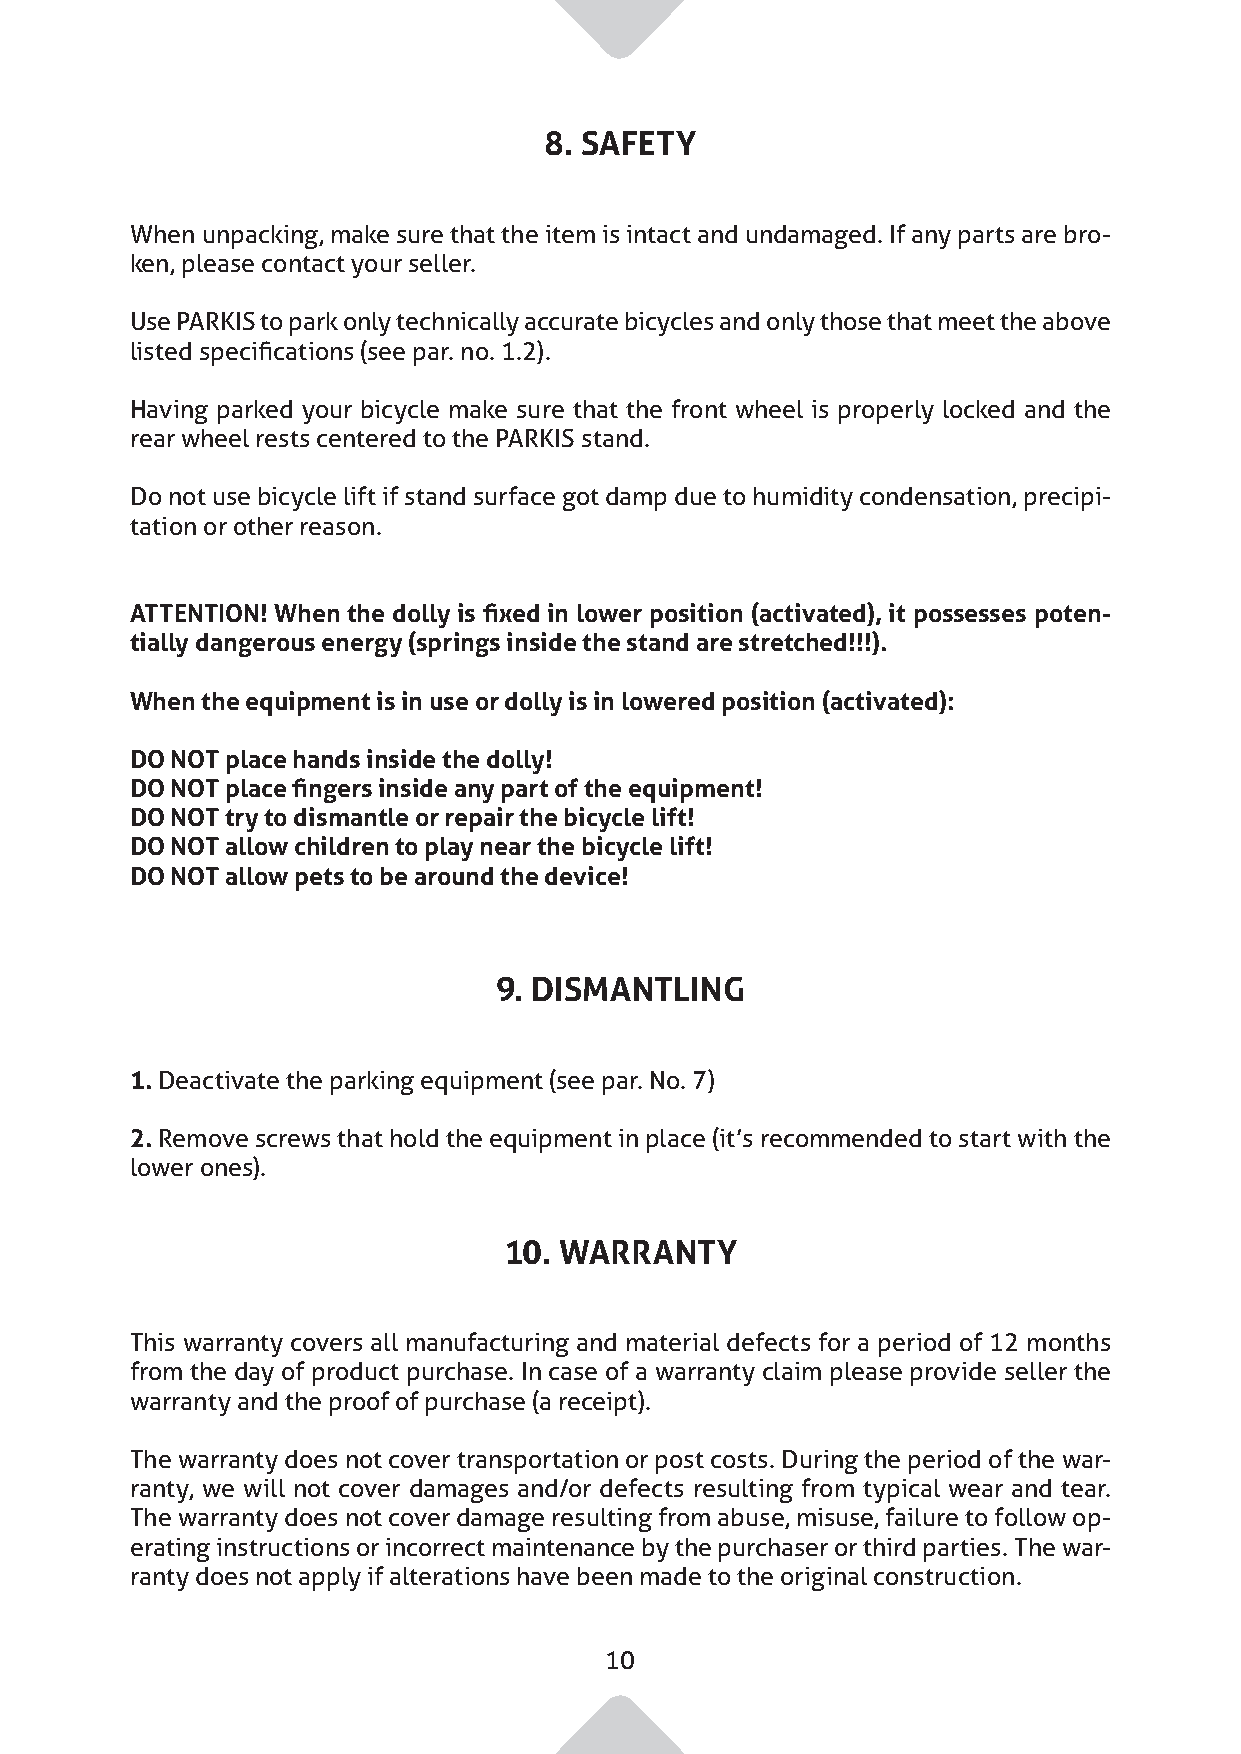
8. SAFETY
 When unpacking, make sure that the item is intact and undamaged. If any parts are bro-
 ken, please contact your seller.
 Use PARKIS to park only technically accurate bicycles and only those that meet the above
 listed specifications (see par. no. 1.2).
 Having parked your bicycle make sure that the front wheel is properly locked and the
 rear wheel rests centered to the PARKIS stand.
 Do not use bicycle lift if stand surface got damp due to humidity condensation, precipi-
 tation or other reason.
 ATTENTION! When the dolly is fixed in lower position (activated), it possesses poten-
 tially dangerous energy (springs inside the stand are stretched!!!).
 When the equipment is in use or dolly is in lowered position (activated):
 DO NOT place hands inside the dolly!
 DO NOT place fingers inside any part of the equipment!
 DO NOT try to dismantle or repair the bicycle lift!
 DO NOT allow children to play near the bicycle lift!
 DO NOT allow pets to be around the device!
 9. DISMANTLING
 1. Deactivate the parking equipment (see par. No. 7)
 2. Remove screws that hold the equipment in place (it’s recommended to start with the
 lower ones).
 10. WARRANTY
 This warranty covers all manufacturing and material defects for a period of 12 months
 from the day of product purchase. In case of a warranty claim please provide seller the
 warranty and the proof of purchase (a receipt).
 The warranty does not cover transportation or post costs. During the period of the war-
 ranty, we will not cover damages and/or defects resulting from typical wear and tear.
 The warranty does not cover damage resulting from abuse, misuse, failure to follow op-
 erating instructions or incorrect maintenance by the purchaser or third parties. The war-
 ranty does not apply if alterations have been made to the original construction.
 10